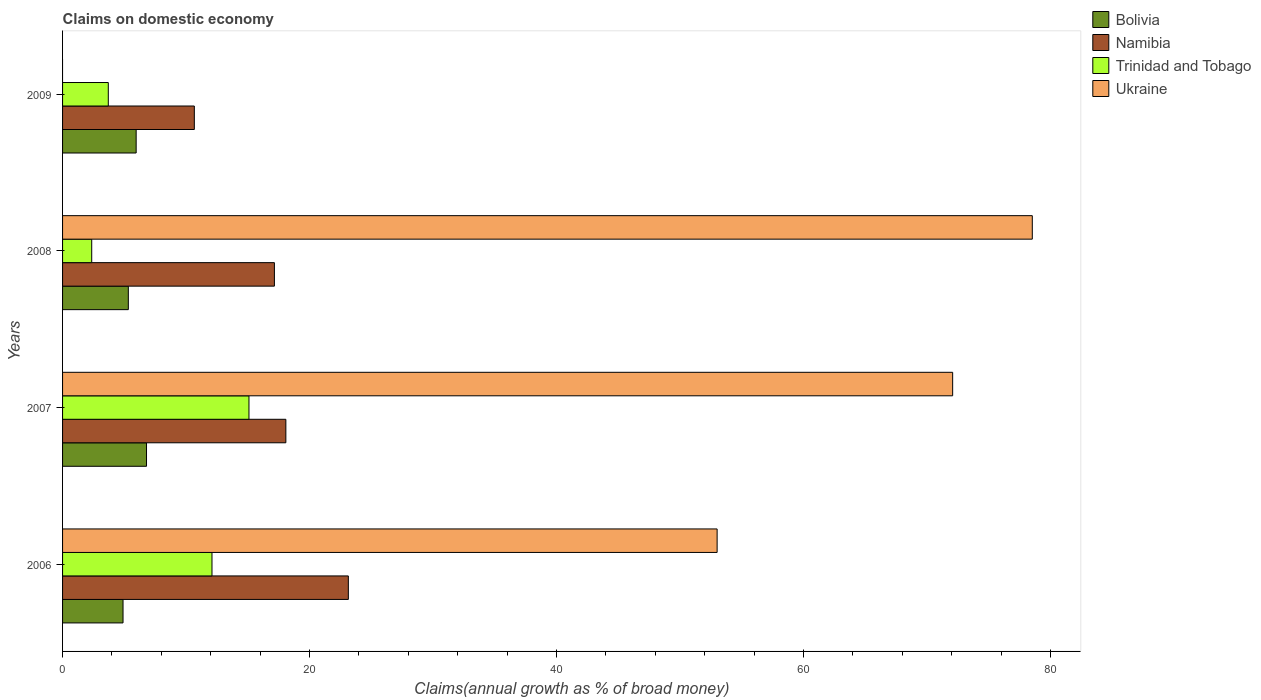
| Years | Bolivia | Namibia | Trinidad and Tobago | Ukraine |
 | --- | --- | --- | --- | --- |
 | 2006 | 4.9 | 23.1 | 12.1 | 53 |
 | 2007 | 6.8 | 18.1 | 15.1 | 72.1 |
 | 2008 | 5.33 | 17.2 | 2.36 | 78.5 |
 | 2009 | 5.96 | 10.7 | 3.7 | -3.44 |